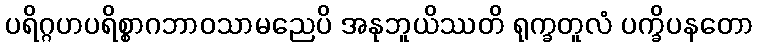
ပရိဂ္ဂဟပရိစ္စာဂဘာဝသာမညေပိ အနုဘူယိဿတိ ရုက္ခတူလံ ပက္ခိပနတော